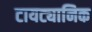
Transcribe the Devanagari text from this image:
टायट्यानिक